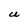
Character: U